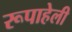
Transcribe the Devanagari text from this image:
रूपाहेली